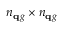
n _ { \mathbf q g } \times n _ { \mathbf q g }